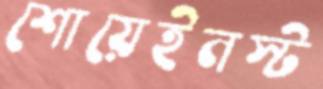
শোয়েইনস্ট